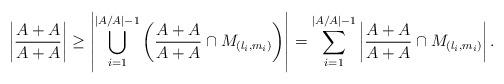
LaTeX: \begin{align*}\left|\frac{A+A}{A+A}\right|\geq{\left|\bigcup_{i=1}^{|A/A|-1}\left(\frac{A+A}{A+A}\cap{M_{(l_i,m_i)}}\right)\right|}=\sum_{i=1}^{|A/A|-1}\left|\frac{A+A}{A+A}\cap{M_{(l_i,m_i)}}\right|.\end{align*}